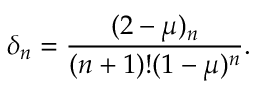
\delta _ { n } = \frac { ( 2 - \mu ) _ { n } } { ( n + 1 ) ! ( 1 - \mu ) ^ { n } } .